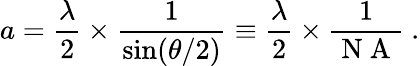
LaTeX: a=\frac{\lambda}{2}\times\frac{1}{\sin(\theta/2)}\equiv\frac{\lambda}{2}\times\frac{1}{\mathrm{~N~A~}}~.